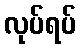
လုပ်ရပ်